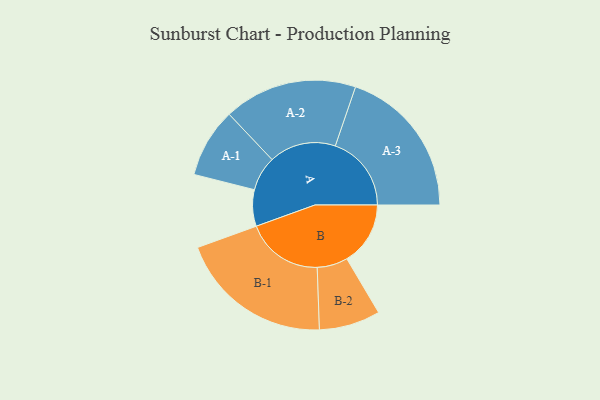
{"axis": {"x": "Segment", "y": "Value"}, "legend": ["", "A", "B"], "data": [{"x": "A", "y": 125, "type": ""}, {"x": "B", "y": 218, "type": ""}, {"x": "A-1", "y": 119, "type": "A"}, {"x": "A-2", "y": 229, "type": "A"}, {"x": "A-3", "y": 261, "type": "A"}, {"x": "B-1", "y": 265, "type": "B"}, {"x": "B-2", "y": 105, "type": "B"}]}